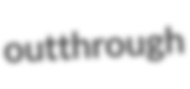
outthrough